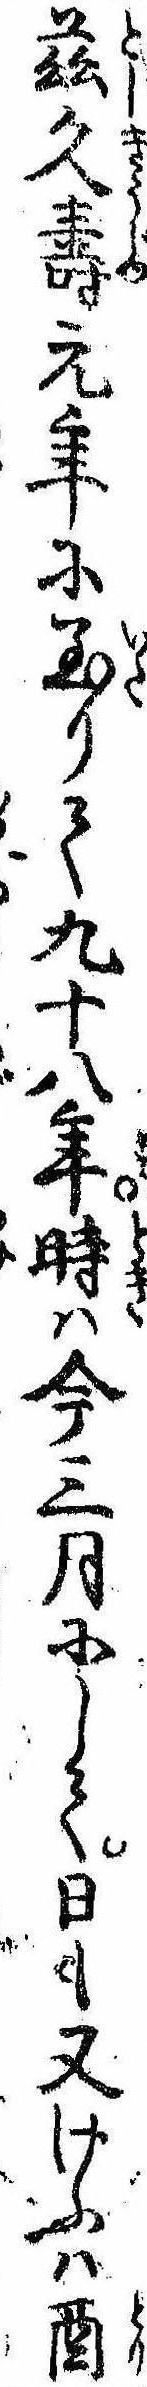
茲久寿元年に至りて九十八年時は今三月にして日も又けふは酉